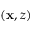
( \mathbf { x } , z )